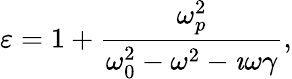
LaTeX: \varepsilon=1+\frac{\omega_{p}^{2}}{\omega_{0}^{2}-\omega^{2}-\imath\omega\gamma},